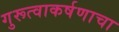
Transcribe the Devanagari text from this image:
गुरूत्वाकर्षणाचा